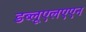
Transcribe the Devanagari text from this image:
डब्लूएलएएन